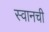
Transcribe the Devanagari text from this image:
स्वानची